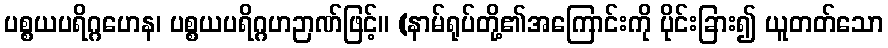
ပစ္စယပရိဂ္ဂဟေန၊ ပစ္စယပရိဂ္ဂဟဉာဏ်ဖြင့်။ (နာမ်ရုပ်တို့၏အကြောင်းကို ပိုင်းခြား၍ ယူတတ်သော